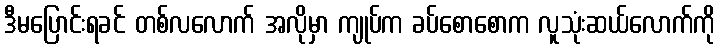
ဒီမပြောင်းရခင် တစ်လလောက် အလိုမှာ ကျုပ်က ခပ်စောစောက လူသုံးဆယ်လောက်ကို